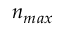
n _ { m a x }